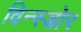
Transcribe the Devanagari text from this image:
विन्स्डोर